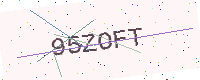
Text: 95ZOFT